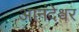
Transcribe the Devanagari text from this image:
आनंदेश्वर